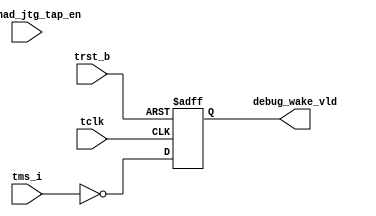
/*Copyright 2018-2021 T-Head Semiconductor Co., Ltd.

Licensed under the Apache License, Version 2.0 (the "License");
you may not use this file except in compliance with the License.
You may obtain a copy of the License at

    http://www.apache.org/licenses/LICENSE-2.0

Unless required by applicable law or agreed to in writing, software
distributed under the License is distributed on an "AS IS" BASIS,
WITHOUT WARRANTIES OR CONDITIONS OF ANY KIND, either express or implied.
See the License for the specific language governing permissions and
limitations under the License.
*/


// &ModuleBeg; @22
module tap2_sm(
  debug_wake_vld,
  pad_had_jtg_tap_en,
  tclk,
  tms_i,
  trst_b
);

// &Ports; @23
input          pad_had_jtg_tap_en; 
input          tclk;              
input          tms_i;             
input          trst_b;            
output         debug_wake_vld;    

// &Regs; @24
reg     [7:0]  sm2_data_counter;  
reg            sm2_read_vld;      
reg     [1:0]  sm2_rs;            
reg     [1:0]  sm2_rs_counter;    
reg            sm2_write_vld;     
reg     [3:0]  tap2_cur_st;       
reg     [3:0]  tap2_nxt_st;       
reg     [6:0]  tap2_rst_cnt;      

// &Wires; @25
wire           debug_wake_vld;    
wire           pad_had_jtg_tap_en; 
wire           sm2_load_rs;       
wire           sm2_load_rw;       
wire           sm2_rs_cdic_dr_sel; 
wire           sm2_rs_had_dr_sel; 
wire           sm2_shift_vld;     
wire           sm2_start_vld;     
wire           sm2_trn1;          
wire           tap2_rst_vld;      
wire           tap2_sm_tap_en;    
wire           tclk;              
wire           tms_i;             
wire           trst_b;            


parameter TAP2_RESET  = 4'b0000;
parameter TAP2_START  = 4'b0001;
parameter TAP2_RW     = 4'b0010;
parameter TAP2_RS     = 4'b0011;
parameter TAP2_TRN1   = 4'b0100;
parameter TAP2_DATA   = 4'b0101;
parameter TAP2_SYNC   = 4'b0110;
parameter TAP2_PARITY = 4'b0111;
parameter TAP2_TRN2   = 4'b1000;


//==========================================================
//                   TAP enable
//==========================================================

// tap enable contains two situations:
//   1. jtg_tap_en



// theoretically, jtg_tap_en also needs synchonization, but
//   1. software gurantees
//   2. keep compatable with CK510, CK610 and CK810 software, avoid relucdant
//      cycles to enter TAP state machine
// so, no synchonization is done to jtg_tap_en

assign tap2_sm_tap_en = pad_had_jtg_tap_en;

//==============================================================================
//                    TAP2 controller state machine
//==============================================================================

always @(posedge tclk or negedge trst_b)
begin
  if (!trst_b)
    tap2_cur_st[3:0] <= TAP2_RESET;
  else if (tap2_rst_vld && tms_i) 
    tap2_cur_st[3:0] <= TAP2_RESET;
  else
    tap2_cur_st[3:0] <= tap2_nxt_st[3:0];
end

//========================================
// counter is counting dowwn when
// TMS id high and TCLK is valid
//========================================
always @(posedge tclk or negedge trst_b)
begin
  if (!trst_b)
    tap2_rst_cnt[6:0] <= 7'd80;
  else 
  begin
    if (!tms_i)
      tap2_rst_cnt[6:0] <= 7'd80;
    else if (tap2_rst_cnt[6:0] > 7'd0)
      tap2_rst_cnt[6:0] <= tap2_rst_cnt[6:0] - 7'd1;
    else
      tap2_rst_cnt[6:0] <= 7'd80;
  end
end

assign tap2_rst_vld = (tap2_rst_cnt[6:0] == 7'd00);

//  &CombBeg;  @90
always @( sm2_data_counter[7:0]
       or tap2_cur_st[3:0]
       or tap2_sm_tap_en
       or sm2_read_vld
       or tms_i
       or sm2_rs_counter[1:0])
begin
 case (tap2_cur_st[3:0])
    TAP2_RESET : begin
      if (tap2_sm_tap_en) begin
        if (tms_i)
          tap2_nxt_st[3:0] = TAP2_START;
        else
          tap2_nxt_st[3:0] = TAP2_RW;
      end
      else
        tap2_nxt_st[3:0] = TAP2_RESET;
    end

    TAP2_START : begin // wait for START bit (tms = 0)
      if (!tms_i) // sample START bit, logic 0
        tap2_nxt_st[3:0] = TAP2_RW;
      else
          tap2_nxt_st[3:0] = TAP2_START;
    end

    TAP2_RW : begin  // RnW bit, 1=Read Op, 0=Write Op
      tap2_nxt_st[3:0] = TAP2_RS;
    end

    TAP2_RS : begin // RS[1:0] - Register Group Select
      if (sm2_rs_counter[1:0] == 2'd0)
        tap2_nxt_st[3:0] = TAP2_TRN1;
      else
        tap2_nxt_st[3:0] = TAP2_RS;
    end

    TAP2_TRN1 : begin // Turn Around 1
      if (sm2_read_vld)  // Read operation need a sync cycle
        tap2_nxt_st[3:0] = TAP2_SYNC;
      else               // write operation
        tap2_nxt_st[3:0] = TAP2_DATA;
    end

    TAP2_SYNC : begin
      tap2_nxt_st[3:0] = TAP2_DATA;
    end

    TAP2_DATA : begin // IR or DR, Sample or Set
      if (sm2_data_counter[7:0] == 8'd0)
        tap2_nxt_st[3:0] = TAP2_PARITY;
      else
        tap2_nxt_st[3:0] = TAP2_DATA;
    end

    TAP2_PARITY : begin
      tap2_nxt_st[3:0] = TAP2_TRN2;
    end

    TAP2_TRN2 : begin
      tap2_nxt_st[3:0] = TAP2_START;
    end
    default : begin
      tap2_nxt_st[3:0] = TAP2_RESET;
    end
  endcase
// &CombEnd;  @150
end

assign sm2_start_vld  = (tap2_cur_st[3:0] == TAP2_RW);
assign sm2_load_rw    = (tap2_cur_st[3:0] == TAP2_RW);
assign sm2_load_rs    = (tap2_cur_st[3:0] == TAP2_RS);
assign sm2_trn1       = (tap2_cur_st[3:0] == TAP2_TRN1);
assign sm2_shift_vld  = (tap2_cur_st[3:0] == TAP2_DATA);

//=========================================
// load the RW
//=========================================
always @(posedge tclk or negedge trst_b)
begin
  if(!trst_b)
  begin
    sm2_read_vld <= 1'b0;
    sm2_write_vld <= 1'b0;
  end    
  else if (sm2_load_rw)
  begin
    sm2_read_vld <= tms_i;
    sm2_write_vld <= !tms_i;
  end
  else
  begin
    sm2_read_vld <= sm2_read_vld;
    sm2_write_vld <= !tms_i;
  end
end

assign debug_wake_vld = sm2_write_vld;

//===========================================
// load the RS[1:0]
//===========================================
always @(posedge tclk)
begin
  if (sm2_start_vld)
    sm2_rs_counter[1:0] <= 2'd1;
  else if (sm2_load_rs)
    sm2_rs_counter[1:0] <= sm2_rs_counter[1:0] - 2'd1;
  else
    sm2_rs_counter[1:0] <= sm2_rs_counter[1:0];
end

always @(posedge tclk)
begin
  if (sm2_load_rs)
    sm2_rs[1:0] <= {tms_i, sm2_rs[1]};
  else
    sm2_rs[1:0] <= sm2_rs[1:0];
end

// assign sm2_rs_cdic_ir_sel = sm2_rs[1:0] == 2'b00;
assign sm2_rs_cdic_dr_sel = sm2_rs[1:0] == 2'b01;
assign sm2_rs_had_dr_sel  = sm2_rs[1:0] == 2'b11;

//===========================================
// intialize DATA shift length
// All DR is 32-bit length
// All IR is 8-bit length
//===========================================
always @(posedge tclk)
begin
  if (sm2_trn1) begin
    if (sm2_rs_had_dr_sel || sm2_rs_cdic_dr_sel)
      sm2_data_counter[7:0] <= 8'd31;
    else
      sm2_data_counter[7:0] <= 8'd7;
  end
  else if (sm2_shift_vld)
    sm2_data_counter[7:0] <= sm2_data_counter[7:0] - 8'd1;
  else
    sm2_data_counter[7:0] <= sm2_data_counter[7:0];
end


// &ModuleEnd; @227
endmodule